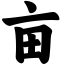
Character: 亩